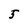
Character: 5